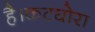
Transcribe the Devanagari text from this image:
है।कटघोरा